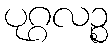
ပုဂ္ဂလဉ္စ